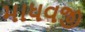
માધવજી